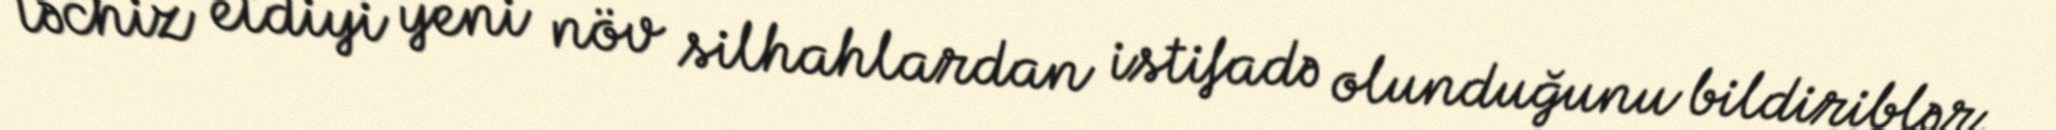
təchiz etdiyi yeni növ silhahlardan istifadə olunduğunu bildiriblər.